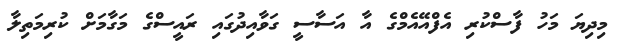
މިދިޔަ މަހު ފާސްކުރި އެފްއޭއެމްގެ އާ އަސާސީ ގަވާއިދުގައި ރައީސްގެ މަގާމަށް ކުރިމަތިލާ